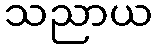
သညာယ